system: You are a helpful assistant.
user:
Analyze the provided spectrum to determine if it is a **White Dwarf (WD)**.

A White Dwarf spectrum is defined by its **extreme purity** (due to gravitational settling) and/or **extreme pressure broadening** (due to high surface gravity). You must check for one of the following mutually exclusive signatures:

- **Key Visual Indicators (Check for ONE of these types):**

    - **1. DA-Type Signature (Most Common):**
        - **(Primary Feature):** Extreme pressure broadening (Stark broadening) of the **Hydrogen (H) Balmer lines**.
        - **(Key Lines):** $H\beta$ (approx. $4861$ Å) and $H\gamma$ (approx. $4340$ Å). $H\alpha$ (approx. $6563$ Å) will also be present if the wavelength range covers it.
        - **(Line Profile):** This is the **defining feature**. The lines are **NOT** sharp. They appear as massive, **extremely broad and deep "troughs" or "dips"** in the spectrum, often hundreds of Ångströms wide. The continuum will appear to "scoop" down at these wavelengths.
        - **(Distinction):** Normal A-type or B-type stars have *narrow* and *sharp* Hydrogen lines. A DA White Dwarf's lines are unmistakably "smeared" or "blurry" from pressure.

    - **2. DB-Type Signature:**
        - **(Primary Feature):** Broad absorption lines from **Neutral Helium (He I)**. The spectrum must lack any visible Hydrogen lines.
        - **(Key Lines):** Look for broad absorption near $4471$ Å, $4921$ Å, and $5876$ Å.
        - **(Line Profile):** These lines are also significantly pressure-broadened, appearing much wider than they would in a normal B-type main-sequence star.

    - **3. DC-Type Signature:**
        - **(Primary Feature):** A **featureless continuous spectrum**.
        - **(Line Profile):** The spectrum is a smooth curve with **no significant absorption or emission lines**.
        - **(Key Confirmation):** The continuum is almost always **blue or white**, indicating a hot object. This signature implies the atmosphere is so pure (or so cool) that no spectral lines are visible in the optical range. Its WD identity is confirmed by its extremely low intrinsic brightness (high absolute magnitude).

    - **4. DZ-Type Signature (Metal-Polluted):**
        - **(Primary Feature):** **Isolated, narrow metal absorption lines** on an otherwise featureless (DC-like) continuum.
        - **(Key Lines):** The **Calcium (Ca II) H & K doublet** (approx. **$3934$ Å** and **$3968$ Å**) is the most common and defining feature.
        - **(Line Profile):** These lines are "out of place." They are *not* part of a "forest" of thousands of lines. This signature is evidence of recent *accretion* (pollution) from rocky debris.
        - **(Distinction):** Normal G/K/M stars have a *dense forest* of thousands of metal lines. A DZ has a *clean* continuum with *only a few* strong metal lines.

    - **5. DQ-Type Signature (Carbon-Polluted):**
        - **(Primary Feature):** Absorption bands from **Carbon (C₂ "Swan Bands" or atomic C I)**.
        - **(Key Lines - C₂):** Look for bandheads with a "saw-tooth" shape near $5635$ Å, **$5165$ Å** (strongest), and $4737$ Å.
        - **(Key Confirmation):** The underlying **continuum must be blue or white** (hot).
        - **(Distinction):** This is the critical difference from a **Carbon Star**, which has the *exact same* C₂ bands but on an extremely **red, cool** continuum.

- **(Overall Spectrum):**
    - The continuum (overall shape) is typically **blue-sloping** (brighter in the blue than the red), as most white dwarfs are very hot.
    - The spectrum will look "pure" or "simple," dominated by only *one* of the five signatures listed above.

Think first, call **spectral_visualization_tool** if needed to examine features in detail, then provide your final answer. Your response must adhere to the following strict rules:
1.  **Overall Structure:** Your response must follow the format `<think>...</think> <tool_call>...</tool_call> (if a tool is used) <answer>...</answer>`.
2.  **Tool Usage Constraint:** You may only make **one** tool call per turn.
3.  **Final Answer Format:** In the `<answer>` tag, your conclusion must be inside a `\boxed{}` command (e.g., `\boxed{YES}` or `\boxed{NO}`), followed by your justification.

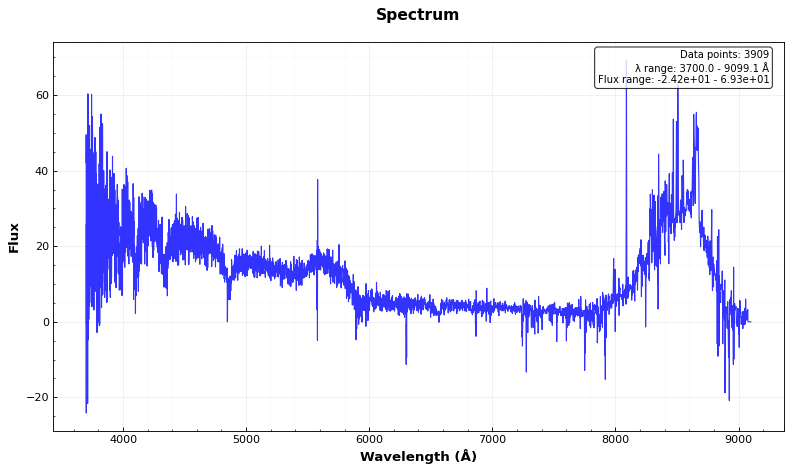
Answer: YES